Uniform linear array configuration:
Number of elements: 24
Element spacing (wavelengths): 0.5
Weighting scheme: hamming
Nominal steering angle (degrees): -45
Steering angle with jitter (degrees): -45.762
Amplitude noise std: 0.05
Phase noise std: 0.05

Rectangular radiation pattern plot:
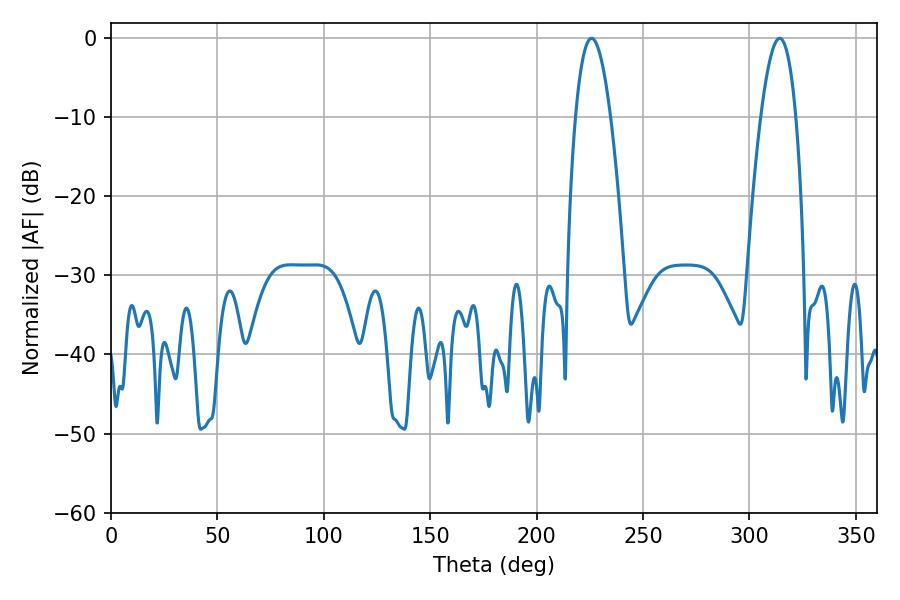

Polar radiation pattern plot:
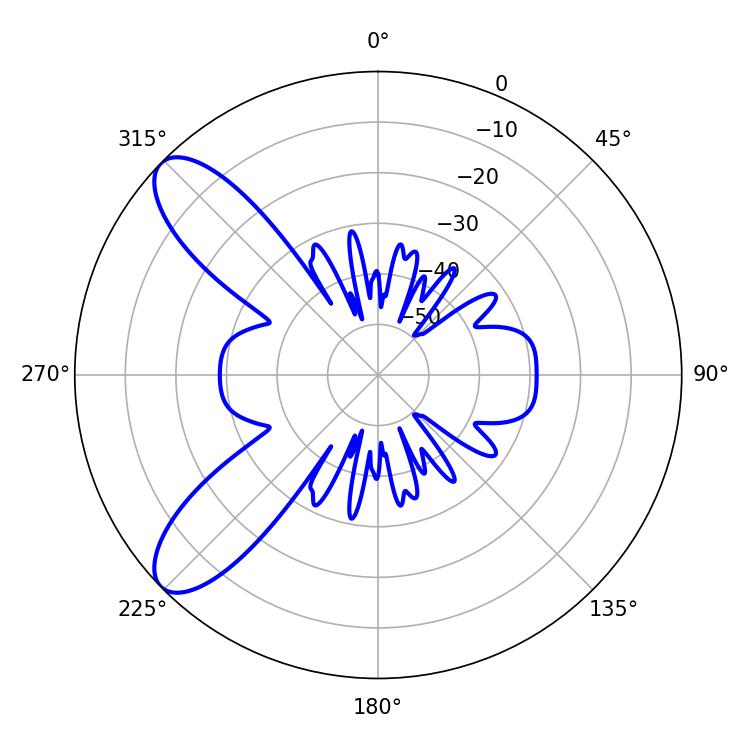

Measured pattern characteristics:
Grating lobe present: FALSE
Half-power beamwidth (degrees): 9.18
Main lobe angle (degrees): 314.28